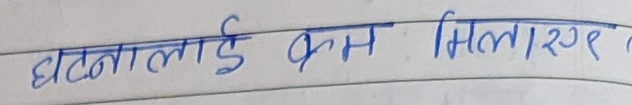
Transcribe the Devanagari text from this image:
घटनालाई कम मिलाइए।